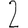
Digit: 2